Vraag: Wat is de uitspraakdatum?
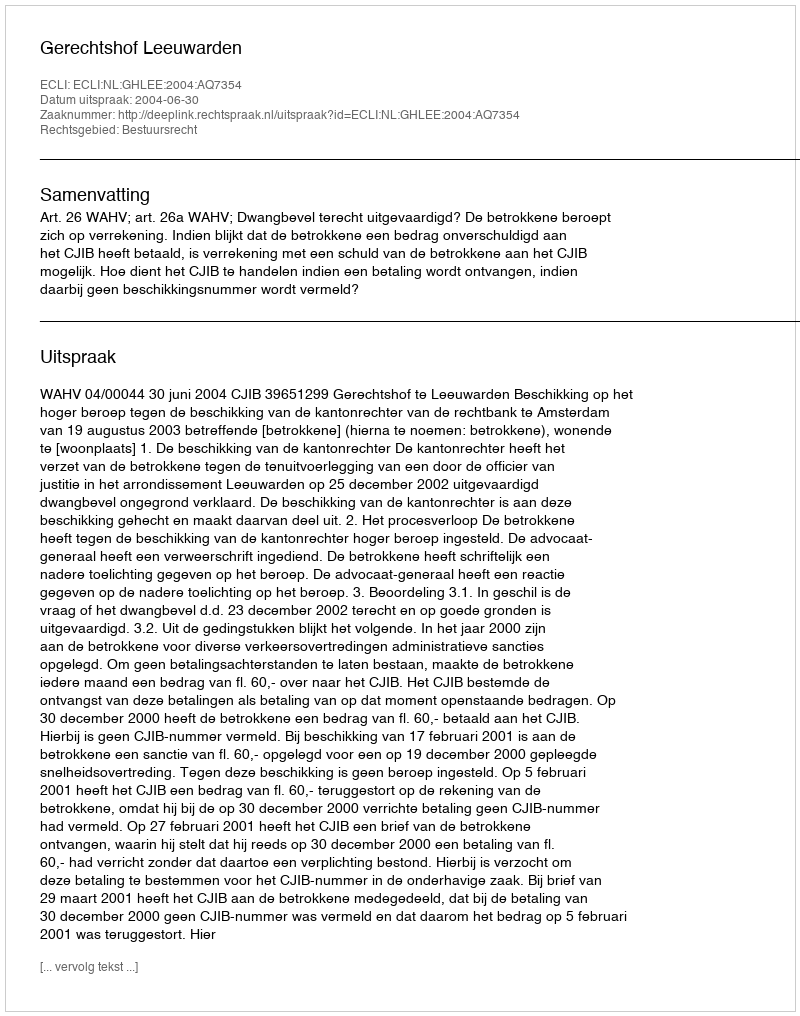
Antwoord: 2004-06-30